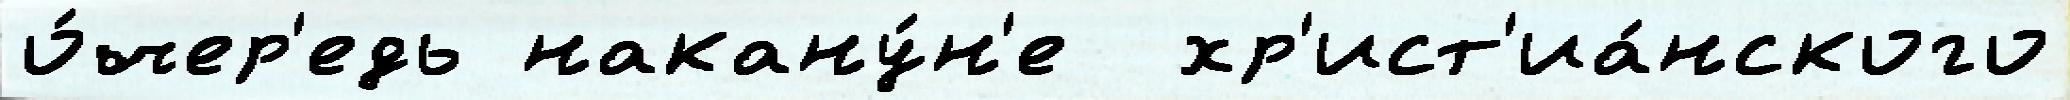
о́чер'едь накану́н'е  хр'ист'иа́нского